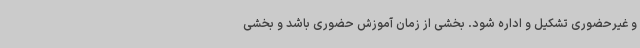
و غیرحضوری تشکیل و اداره شود. بخشی از زمان آموزش حضوری باشد و بخشی